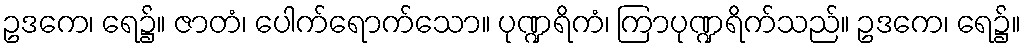
ဥဒကေ၊ ရေ၌။ ဇာတံ၊ ပေါက်ရောက်သော။ ပုဏ္ဍရိကံ၊ ကြာပုဏ္ဍရိက်သည်။ ဥဒကေ၊ ရေ၌။